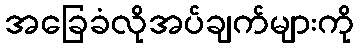
အခြေခံလိုအပ်ချက်များကို